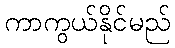
ကာကွယ်နိုင်မည်